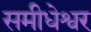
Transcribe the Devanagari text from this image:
समीधेश्वर